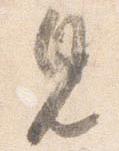
見